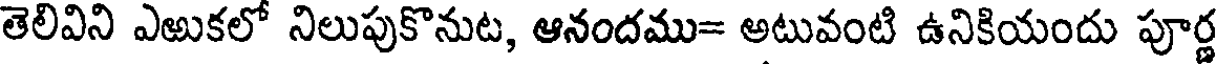
తెలివిని ఎఱుకలో నిలుపుకొనుట, ఆనందము= అటువంటి ఉనికియందు పూర్ణ